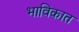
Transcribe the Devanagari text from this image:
भाविकात